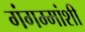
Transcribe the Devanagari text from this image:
गंगम्मांशी